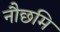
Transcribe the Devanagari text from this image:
नौछमि